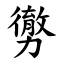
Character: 勶